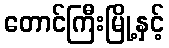
တောင်ကြီးမြို့နှင့်